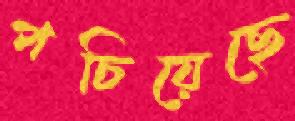
পচিয়েছে